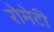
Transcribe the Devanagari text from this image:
रोमेटी